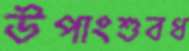
উপাংশুবধ